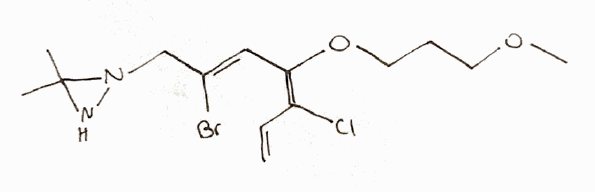
Simplified molecular-input line-entry system (SMILES) notation of the given molecule:
CC1(NN1C/C(=C/C(=C(\C=C)/Cl)/OCCCOC)/Br)C